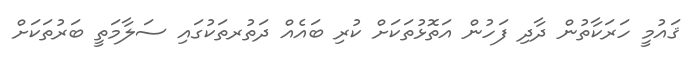
ޤައުމީ ހަރަކާތުން ދާދި ފަހުން އަތޮޅުތަކަށް ކުރި ބައެއް ދަތުރތަކުގައި ސަލާމަތީ ބަރުތަކަށް